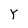
Character: Y